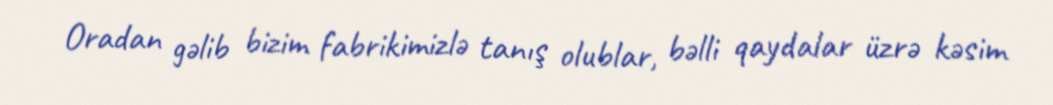
Oradan gəlib bizim fabrikimizlə tanış olublar, bəlli qaydalar üzrə kəsim